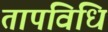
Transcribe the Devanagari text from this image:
तापविधि